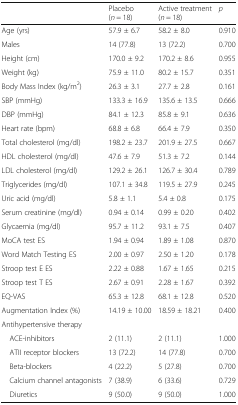
<table><thead><tr><td></td><td><b>Placebo(<i>n</i> = 18)</b></td><td><b>Active treatment(<i>n</i> = 18)</b></td><td><b><i>p</i></b></td></tr></thead><tbody><tr><td>Age (yrs)</td><td>57.9 ± 6.7</td><td>58.2 ± 8.0</td><td>0.910</td></tr><tr><td>Males</td><td>14 (77.8)</td><td>13 (72.2)</td><td>0.700</td></tr><tr><td>Height (cm)</td><td>170.0 ± 9.2</td><td>170.2 ± 8.6</td><td>0.955</td></tr><tr><td>Weight (kg)</td><td>75.9 ± 11.0</td><td>80.2 ± 15.7</td><td>0.351</td></tr><tr><td>Body Mass Index (kg/m<sup>2</sup>)</td><td>26.3 ± 3.1</td><td>27.7 ± 2.8</td><td>0.161</td></tr><tr><td>SBP (mmHg)</td><td>133.3 ± 16.9</td><td>135.6 ± 13.5</td><td>0.666</td></tr><tr><td>DBP (mmHg)</td><td>84.1 ± 12.3</td><td>85.8 ± 9.1</td><td>0.636</td></tr><tr><td>Heart rate (bpm)</td><td>68.8 ± 6.8</td><td>66.4 ± 7.9</td><td>0.350</td></tr><tr><td>Total cholesterol (mg/dl)</td><td>198.2 ± 23.7</td><td>201.9 ± 27.5</td><td>0.667</td></tr><tr><td>HDL cholesterol (mg/dl)</td><td>47.6 ± 7.9</td><td>51.3 ± 7.2</td><td>0.144</td></tr><tr><td>LDL cholesterol (mg/dl)</td><td>129.2 ± 26.1</td><td>126.7 ± 30.4</td><td>0.789</td></tr><tr><td>Triglycerides (mg/dl)</td><td>107.1 ± 34.8</td><td>119.5 ± 27.9</td><td>0.245</td></tr><tr><td>Uric acid (mg/dl)</td><td>5.8 ± 1.1</td><td>5.4 ± 0.8</td><td>0.175</td></tr><tr><td>Serum creatinine (mg/dl)</td><td>0.94 ± 0.14</td><td>0.99 ± 0.20</td><td>0.402</td></tr><tr><td>Glycaemia (mg/dl)</td><td>95.7 ± 11.2</td><td>93.1 ± 7.5</td><td>0.407</td></tr><tr><td>MoCA test ES</td><td>1.94 ± 0.94</td><td>1.89 ± 1.08</td><td>0.870</td></tr><tr><td>Word Match Testing ES</td><td>2.00 ± 0.97</td><td>2.50 ± 1.20</td><td>0.178</td></tr><tr><td>Stroop test E ES</td><td>2.22 ± 0.88</td><td>1.67 ± 1.65</td><td>0.215</td></tr><tr><td>Stroop test T ES</td><td>2.67 ± 0.91</td><td>2.28 ± 1.67</td><td>0.392</td></tr><tr><td>EQ-VAS</td><td>65.3 ± 12.8</td><td>68.1 ± 12.8</td><td>0.520</td></tr><tr><td>Augmentation Index (%)</td><td>14.19 ± 10.00</td><td>18.59 ± 18.21</td><td>0.400</td></tr><tr><td>Antihypertensive therapy</td><td></td><td></td><td></td></tr><tr><td> ACE-inhibitors</td><td>2 (11.1)</td><td>2 (11.1)</td><td>1.000</td></tr><tr><td> ATII receptor blockers</td><td>13 (72.2)</td><td>14 (77.8)</td><td>0.700</td></tr><tr><td> Beta-blockers</td><td>4 (22.2)</td><td>5 (27.8)</td><td>0.700</td></tr><tr><td> Calcium channel antagonists</td><td>7 (38.9)</td><td>6 (33.6)</td><td>0.729</td></tr><tr><td> Diuretics</td><td>9 (50.0)</td><td>9 (50.0)</td><td>1.000</td></tr></tbody></table>